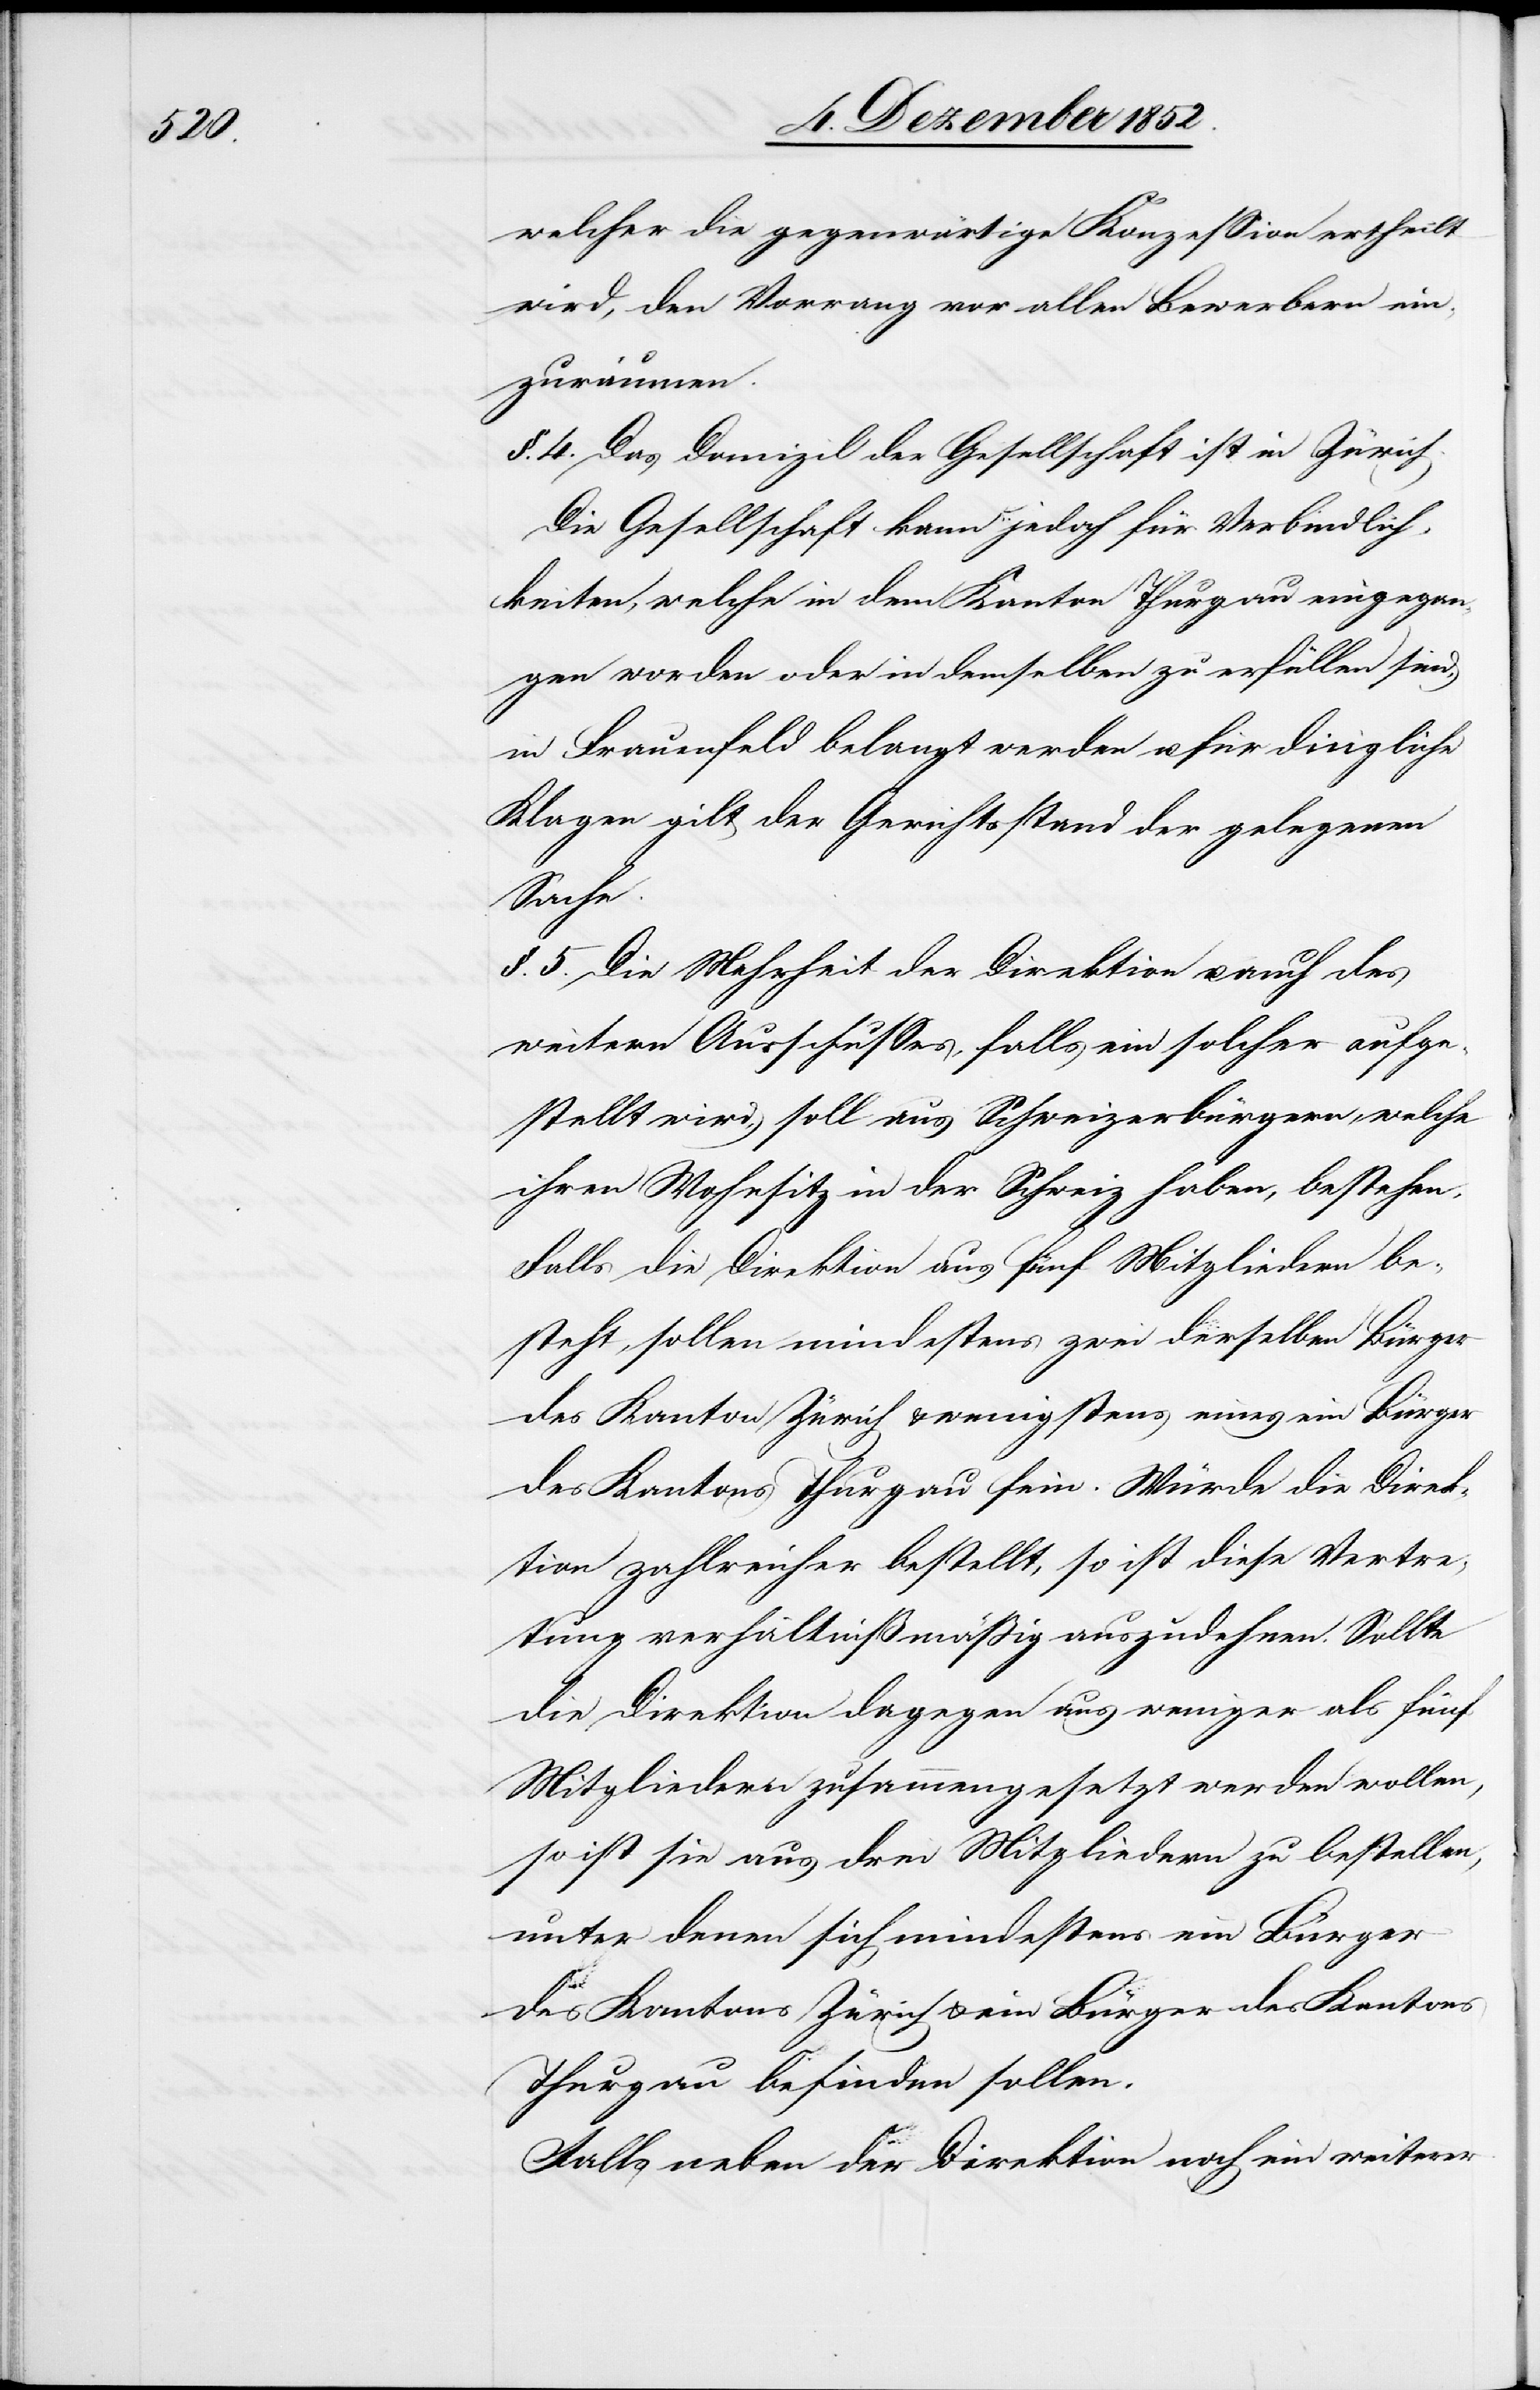
welcher die gegenwärtige Konzession ertheilt
wird, den Vorrang vor allen Bewerbern ein¬
zuräumen.
§. 4. Das Domizil der Gesellschaft ist in Zürich.
Die Gesellschaft kann jedoch für Verbindlich¬
keiten, welche in dem Kanton Thurgau eingegan¬
gen worden oder in demselben zu erfüllen sind,
in Frauenfeld belangt werden u. für dingliche
Klagen gilt der Gerichtsstand der gelegenen
Sache.
§. 5. Die Mehrheit der Direktion u. auch des
weitern Ausschusses, falls ein solcher aufge¬
stellt wird, soll aus Schweizerbürgern, welche
ihren Wohnsitz in der Schweiz haben, bestehen.
Falls die Direktion aus fünf Mitgliedern be¬
steht, sollen mindestens zwei derselben Bürger
des Kanton[s] Zürich & wenigstens eines ein Bürger
des Kantons Thurgau sein. Würde die Direk¬
tion zahlreicher bestellt, so ist diese Vertre¬
tung verhältnißmäßig auszudehnen. Sollte
die Direktion dagegen aus weniger als fünf
Mitgliedern zusammengesetzt werden wollen,
so ist sie aus drei Mitgliedern zu bestellen,
unter denen sich mindestens ein Bürger
des Kantons Zürich & ein Bürger des Kantons
Thurgau befinden sollen.
Falls neben der Direktion noch ein weiterer